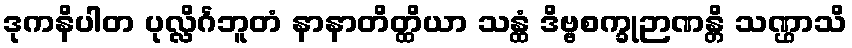
ဒုကနိပါတ ပုလ္လိင်္ဂဘူတံ နာနာတိတ္ထိယာ သန္ထံ ဒိဗ္ဗစက္ခုဉာဏန္တိ သဏ္ဌာသိ